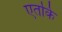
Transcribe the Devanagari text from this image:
एतकि